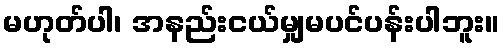
မဟုတ်ပါ၊ အနည်းငယ်မျှမပင်ပန်းပါဘူး။